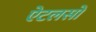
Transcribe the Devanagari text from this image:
ऐटलसों